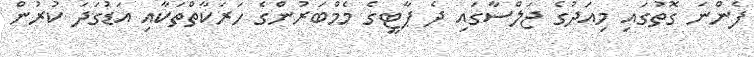
ފެންނަ ގޮތުގައި މިއަދުގެ ޖަލްސާގައި ދެ ޕާޓީގެ މެމްބަރުންގެ ހަރަކާތްތަކާއި އަޑުގަދަ ކުރުން